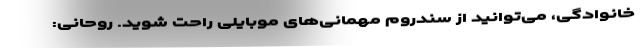
خانوادگی، می‌توانید از سندروم مهمانی‌های موبایلی راحت شوید. روحانی: